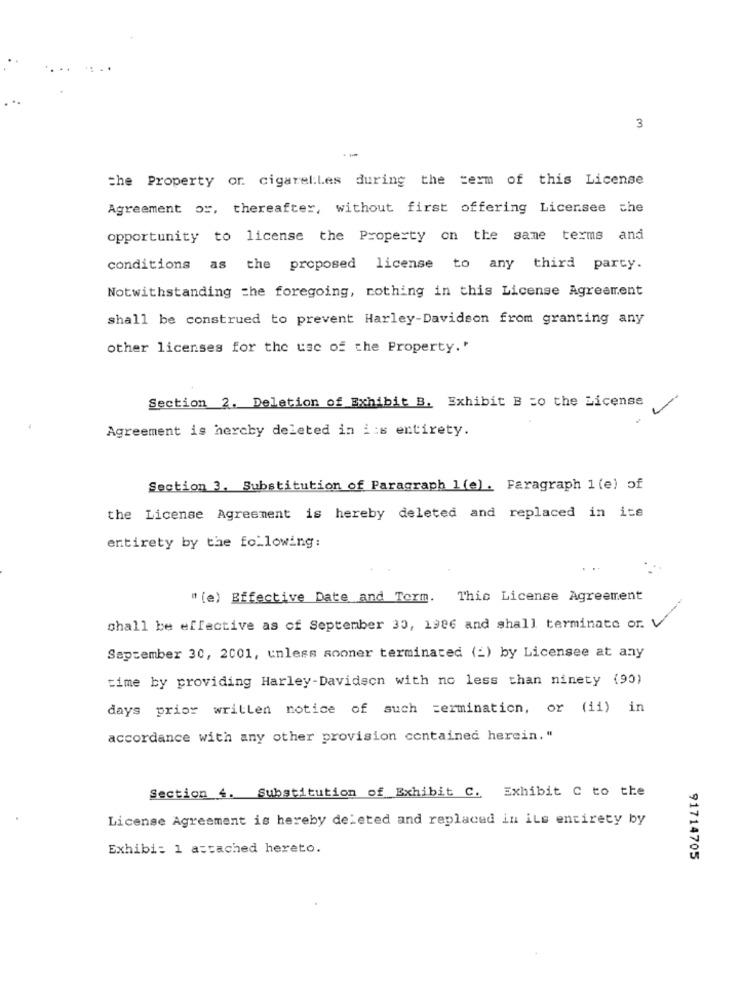
3
the Property or cigarel:Les during the term of this License
Agreement or, thereafter, without first offering Licensee the
opportunity to license the Property on the same terms and
conditions as the proposed license to any third party.
Notwithstanding the foregoing, nothing in this License Agreement
shall be construed to prevent Harley-Davidson from granting any
other licenses for the use of the Property.'
Section 2, Deletion of Exhibit B. Exhibit B =o the License
Agreement is hereby deleted in i:s entirety.
Section 3. Substitution of Paragraph 1(e) . Faragraph 1 (e) of
the License Agreement is hereby deleted and replaced in its
entirety by the following:
" (e) Effective Date and Term. This License Agreement
-7
shall be effective as of September 30, 1986 and shall terminate or.V
September 30, 2001, unless sooner terminated (_) by Licensee at any
time by providing Harley-Davidson with no less than ninety (90)
days prior written notice of such termination, or (ii) in
accordance with any other provision contained herein. "
Section 4. Substitution of Exhibit C. Exhibit C to the
License Agreement is hereby deleted and replaced in its entirety by
Exhibi: 1 attached hereto.
91714705